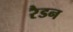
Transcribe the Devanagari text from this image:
रैडन